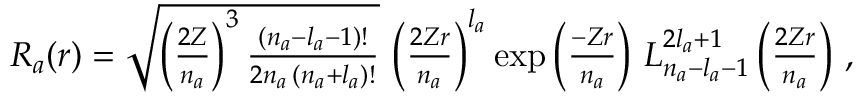
\begin{array} { r } { R _ { a } ( r ) = \sqrt { \left( \frac { 2 Z } { n _ { a } } \right) ^ { 3 } \frac { ( n _ { a } - l _ { a } - 1 ) ! } { 2 n _ { a } \, ( n _ { a } + l _ { a } ) ! } } \, \left( \frac { 2 Z r } { n _ { a } } \right) ^ { l _ { a } } \exp \left( \frac { - Z r } { n _ { a } } \right) \, L _ { n _ { a } - l _ { a } - 1 } ^ { 2 l _ { a } + 1 } \left( \frac { 2 Z r } { n _ { a } } \right) \, , } \end{array}